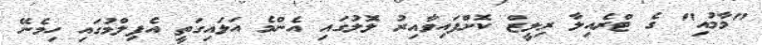
"މާމުއި" ގެ ޓްރެއިލާ ރިލީޒް ކޮށްފައިވާއިރު ލޮލުގައި އެންމެ އަޅައިގަތީ އެފިލްމުގައި ހިމެނޭ